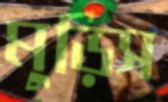
মুড়িস